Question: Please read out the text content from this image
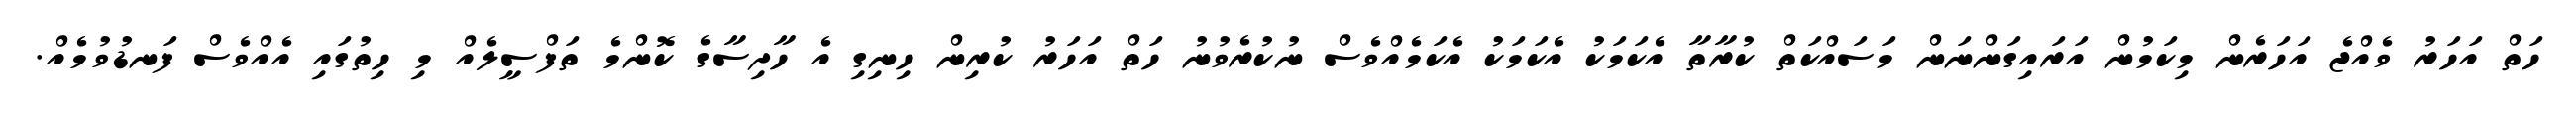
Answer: ހަތް އަހަރު ވެއްޖެ އަހަރެން މިކަމުން އަރައިގަންނަން މަސައްކަތް ކުރާތާ އެކަމަކު އެކަމަކު އެކަމެއްވެސް ނުކުރެވުނު ހަތް އަހަރު ކުރިން ހިނިގި އެ ހާދިސާގެ ކޮންމެ ތަފްސީލެއް މި ހިތުގައި އެއްވެސް ފަނޑުވުމެއް.